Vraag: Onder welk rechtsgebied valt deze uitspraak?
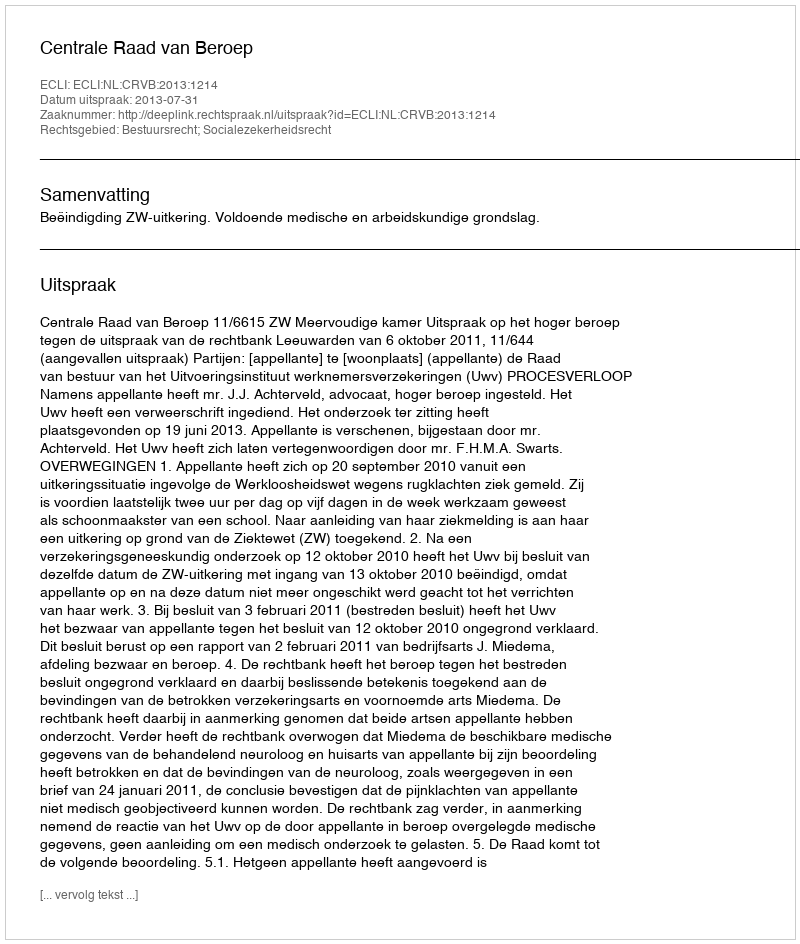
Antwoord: Bestuursrecht; Socialezekerheidsrecht